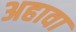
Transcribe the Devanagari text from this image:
अहावा